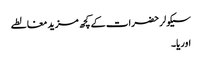
سیکولر حضرات کے کچھ مزید مغالطے
اوریا۔